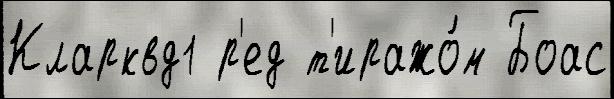
Кларквд1 р'ед т'иражо́м Боас